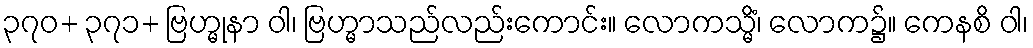
၃၇၀+ ၃၇၁+ ဗြဟ္မုနာ ဝါ၊ ဗြဟ္မာသည်လည်းကောင်း။ လောကသ္မိံ၊ လောက၌။ ကေနစိ ဝါ၊